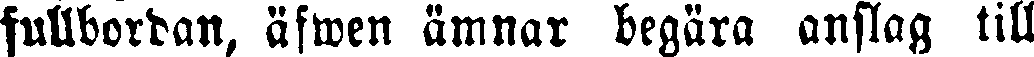
fullbordan, äfwen ämnar begära anslag till